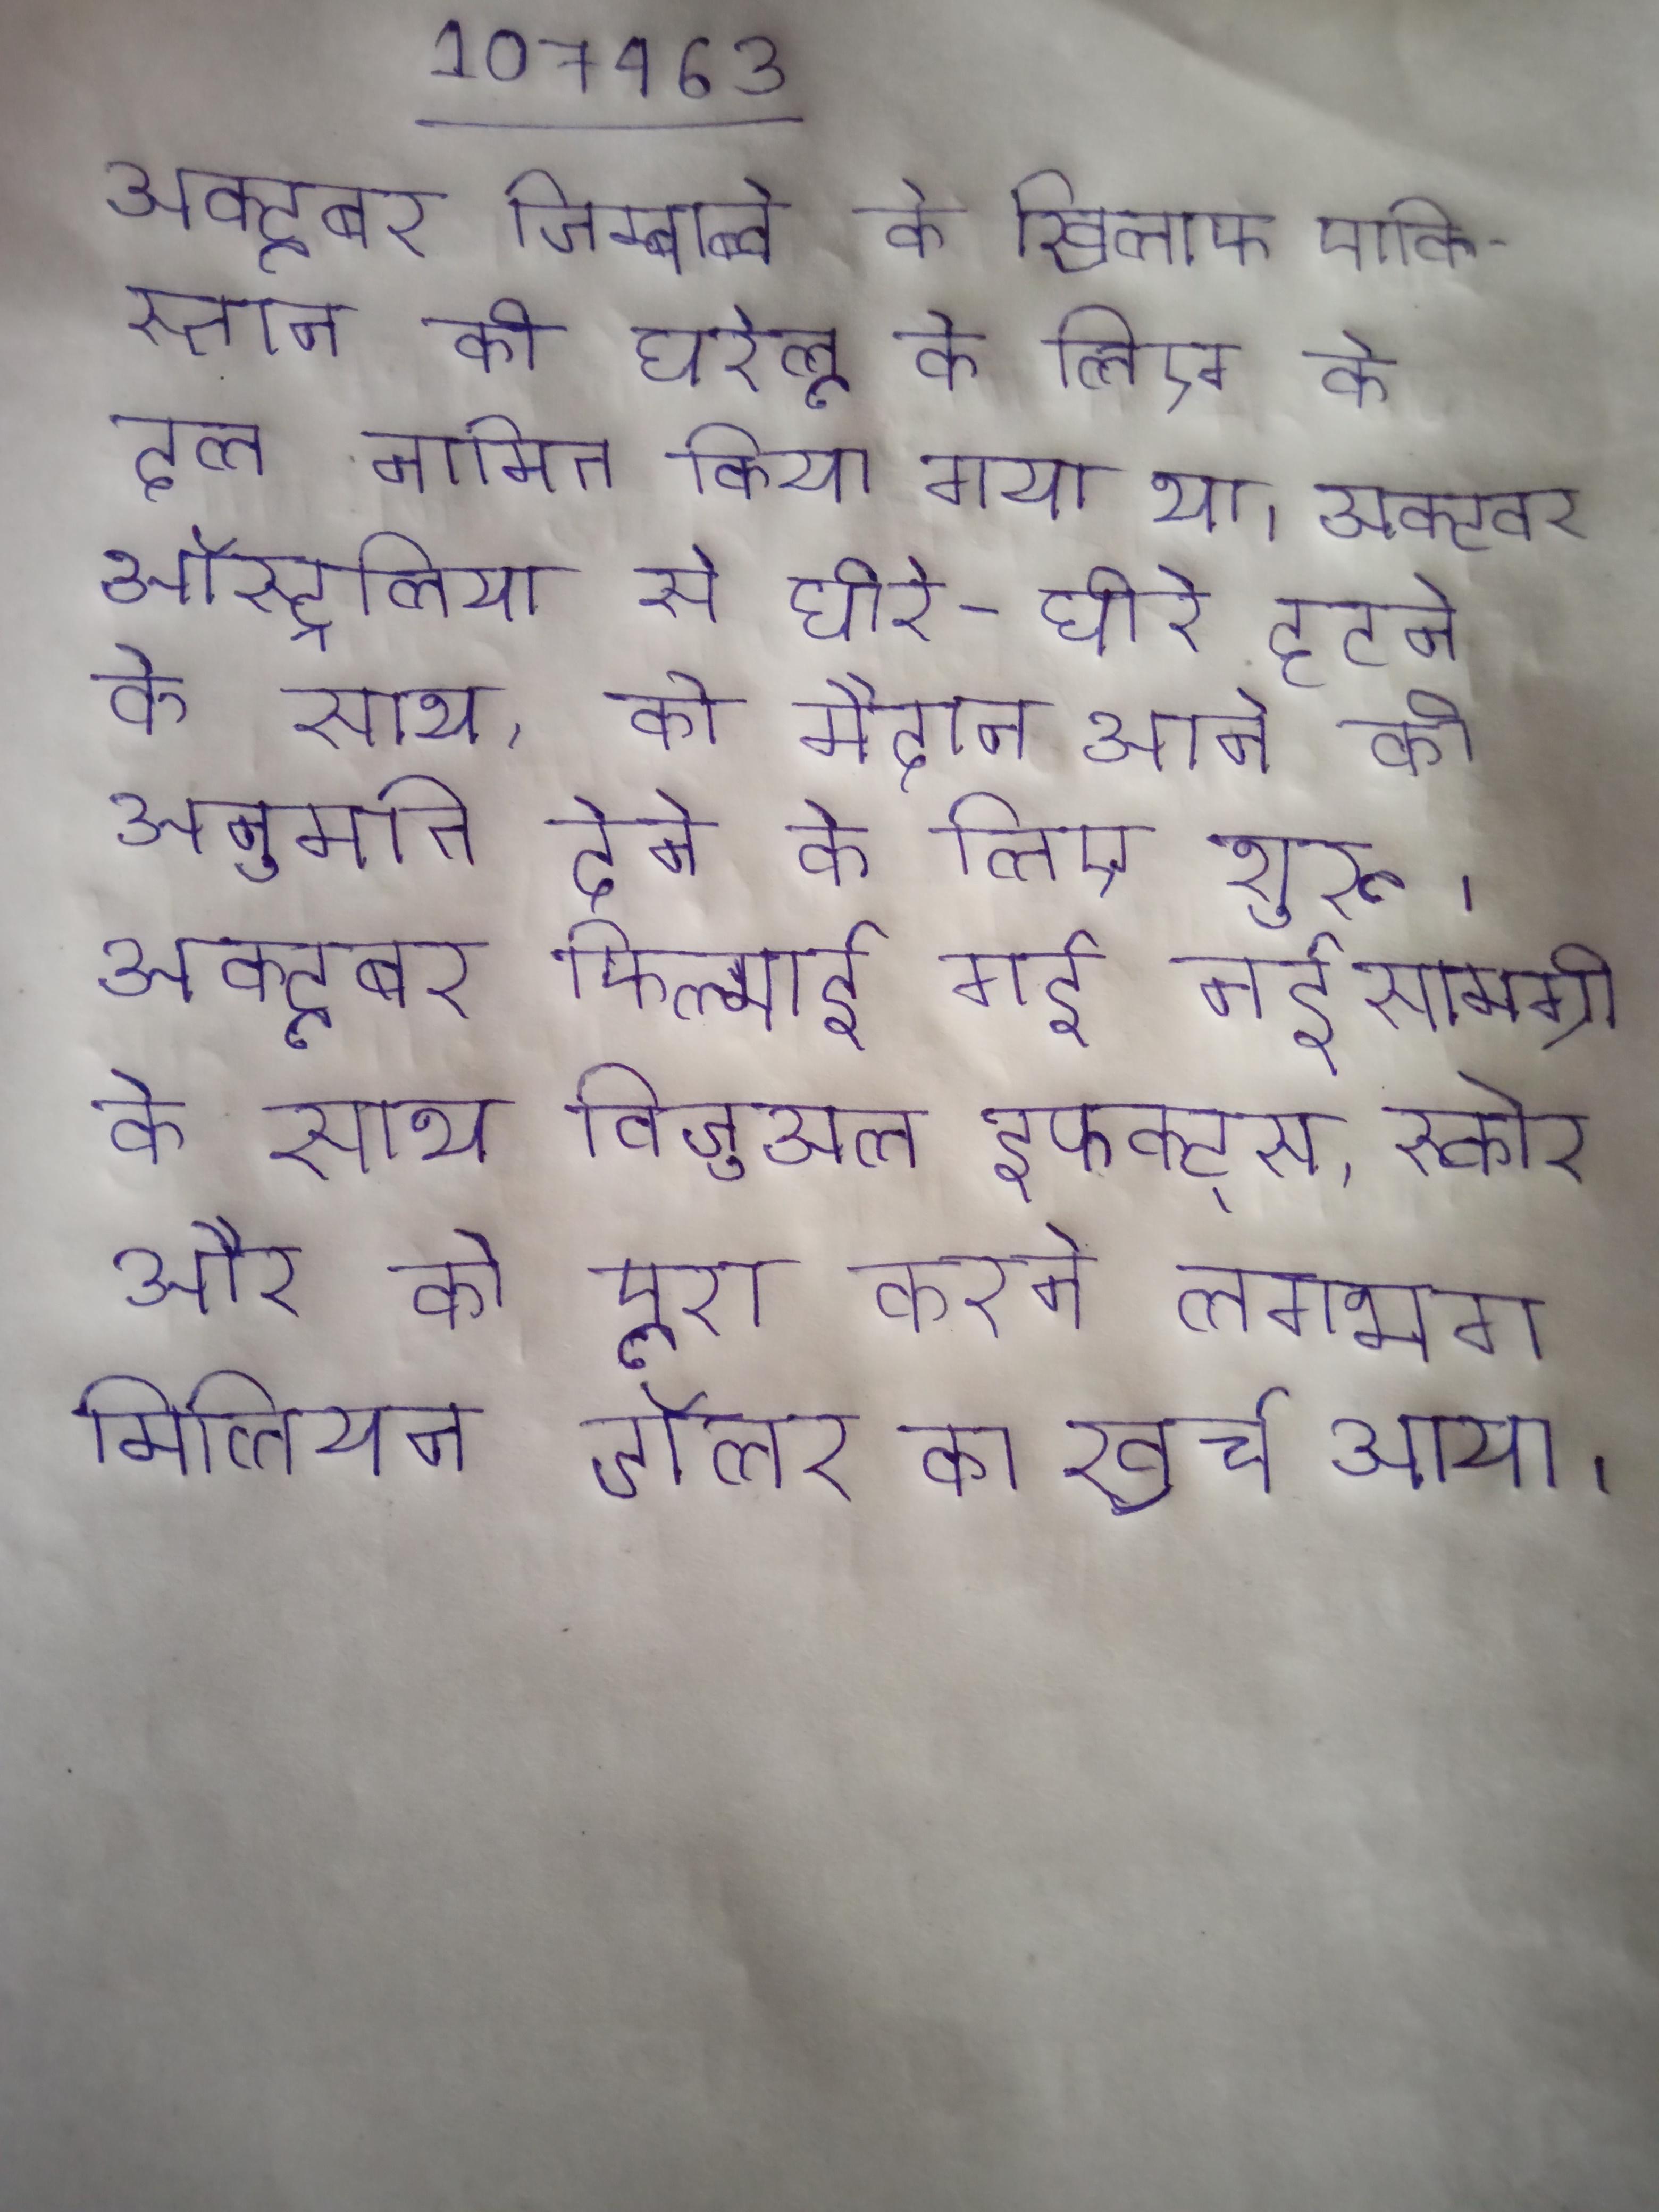
अक्टूबर जिम्बाब्वे के खिलाफ पाकिस्तान की घरेलू के लिए के दल नामित किया गया था । अक्टूबर ऑस्ट्रेलिया से धीरे-धीरे हटने के साथ, को मैदान आने की अनुमति देने के लिए शुरू । अक्टूबर फिल्माई गई नई सामग्री के साथ विजुअल इफेक्ट्स, स्कोर और को पूरा करने लगभग मिलियन डॉलर का खर्च आया ।